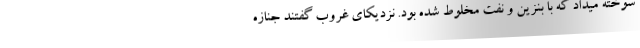
سوخته میداد که با بنزین و نفت مخلوط شده بود. نزدیکای غروب گفتند جنازه